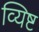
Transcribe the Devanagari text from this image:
व्यिष्ट